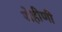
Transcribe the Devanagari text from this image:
रोहीणी